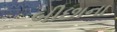
બીછાના